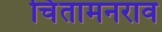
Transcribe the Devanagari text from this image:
चिंतामनराव